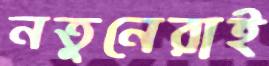
নতুনেরাই